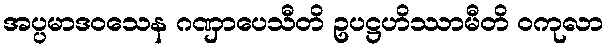
အပ္ပမာဒဝသေန ဂဏှာပေသီတိ ဥပဋ္ဌဟိဿာမီတိ ဝကုလာ